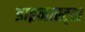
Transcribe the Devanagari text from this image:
डाइनास्ट्स